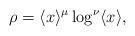
LaTeX: \begin{align*}\rho =\langle x\rangle ^\mu \log ^\nu \langle x\rangle ,\end{align*}